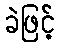
ခဲဖြင့်